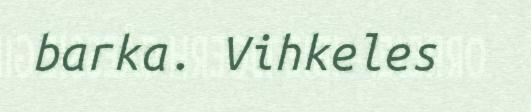
barka. Vihkeles